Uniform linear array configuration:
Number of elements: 32
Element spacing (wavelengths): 0.25
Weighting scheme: hann
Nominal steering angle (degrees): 0
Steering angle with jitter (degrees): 0.7521
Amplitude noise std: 0.05
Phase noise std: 0.05

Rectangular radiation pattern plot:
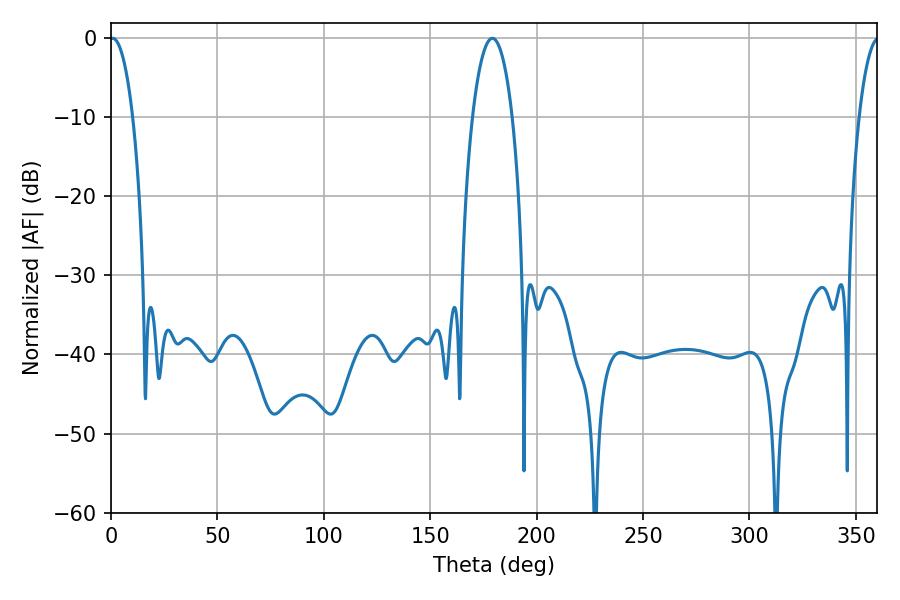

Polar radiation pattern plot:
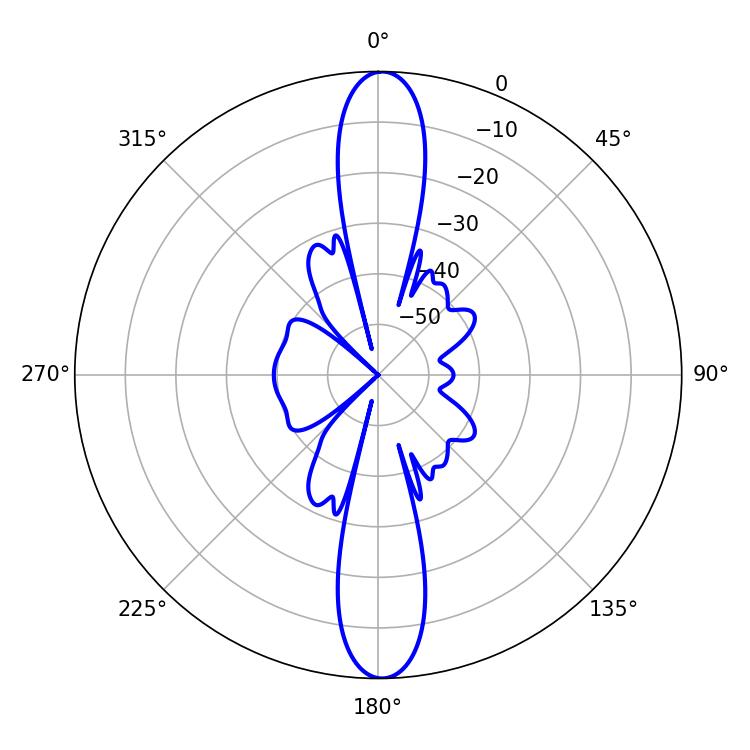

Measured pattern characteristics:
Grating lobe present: FALSE
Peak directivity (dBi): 25.651
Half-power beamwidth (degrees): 6.12
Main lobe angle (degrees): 0.72